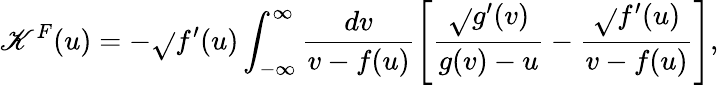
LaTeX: \mathscr{K}^{F}(u)=-\sqrt{}{{f^{\prime}(u)}}\int_{-\infty}^{\infty}\frac{{dv}}{{v-f(u)}}\left[\frac{{\sqrt{}{{g^{\prime}(v)}}}}{{g(v)-u}}-\frac{{\sqrt{}{{f^{\prime}(u)}}}}{{v-f(u)}}\right],